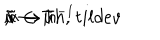
\tilde { u } \rightarrow \tilde { u } h , \hspace { 1 c m } \tilde { v } \rightarrow h ^ { - 1 } t i l d e { v } \hspace { 0 . 4 c m } , \hspace { 0 . 4 c m } h \in T